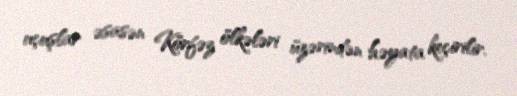
uçuşlar əsasən Körfəz ölkələri üzərindən həyata keçirilir.